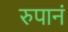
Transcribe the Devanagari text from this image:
रुपानं